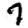
Digit: 7